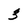
Character: 3